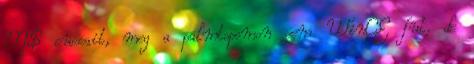
M$ cuccait, meg a palmtopomon sem WinCE fut, de